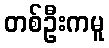
တစ်ဦးကမူ